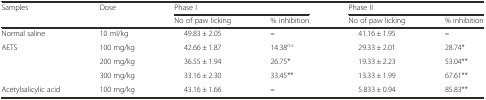
<table><thead><tr><td rowspan="2"><b>Samples</b></td><td rowspan="2"><b>Dose</b></td><td colspan="2"><b>Phase I</b></td><td colspan="2"><b>Phase II</b></td></tr><tr><td><b>No of paw licking</b></td><td><b>% inhibition</b></td><td><b>No of paw licking</b></td><td><b>% inhibition</b></td></tr></thead><tbody><tr><td>Normal saline</td><td>10 ml/kg</td><td>49.83 ± 2.05</td><td><b>–</b></td><td>41.16 ± 1.95</td><td><b>–</b></td></tr><tr><td rowspan="3">AETS</td><td>100 mg/kg</td><td>42.66 ± 1.87</td><td>14.38<sup>n.s</sup></td><td>29.33 ± 2.01</td><td>28.74*</td></tr><tr><td>200 mg/kg</td><td>36.55 ± 1.94</td><td>26.75*</td><td>19.33 ± 2.23</td><td>53.04**</td></tr><tr><td>300 mg/kg</td><td>33.16 ± 2.30</td><td>33.45**</td><td>13.33 ± 1.99</td><td>67.61**</td></tr><tr><td>Acetylsalicylic acid</td><td>100 mg/kg</td><td>43.16 ± 1.66</td><td><b>–</b></td><td>5.833 ± 0.94</td><td>85.83**</td></tr></tbody></table>